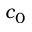
c _ { 0 }